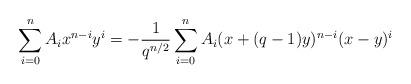
LaTeX: \begin{align*}\sum_{i=0}^n A_i x^{n-i} y^i = -\frac{1}{q^{n/2}}\sum_{i=0}^n A_i (x+(q-1)y)^{n-i}(x-y)^i\end{align*}